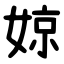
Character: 婛